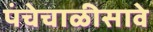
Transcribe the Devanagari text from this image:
पंचेचाळीसावे